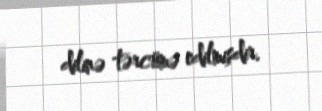
dilinə tərcümə edilmişdir.